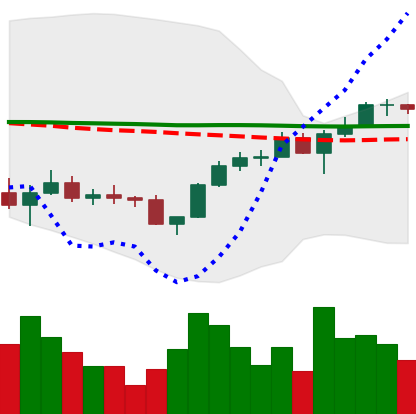
Ticker: LINK-USD
Chart end date: 2022-12-02
Forward return: -9.562%
Label: down_7plus